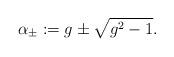
LaTeX: \begin{align*}\alpha _{\pm }:=g\pm \sqrt{g^2 -1}.\end{align*}